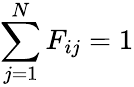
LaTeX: \sum_{j=1}^{N}F_{ij}=1